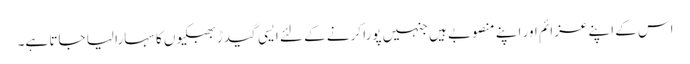
اس کے اپنے عزائم اور اپنے منصوبے ہیں جنہیں پورا کرنے کے لئے ایسی گیدڑ بھبکیوں کا سہارا لیا جاتا ہے۔